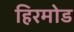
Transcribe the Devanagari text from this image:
हिरमोड